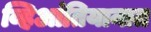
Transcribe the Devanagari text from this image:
व्हिआंतियानात